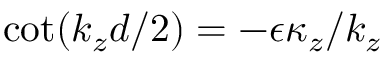
\cot ( k _ { z } d / 2 ) = - \epsilon \kappa _ { z } / k _ { z }